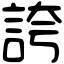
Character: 誇